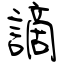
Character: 謫